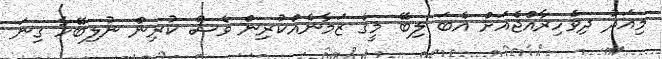
މިއަދު ދިވެހިރާއްޖެއަށް އެބަ ލިބޭ މީގެ ޒަމާނެއްކުރިން ވެސް ކުރިން ނުލިބޭހާ ގިނަ